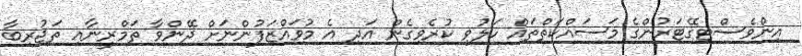
އިންވެސްޓިގޭޓަރުންގެ މަސައްކަތްތައް ހަލުވި ކުރެވިގެން އަދި އެ މުވައްޒަފުންނަށް ދޭންވާ ތަމްރީނާއި ތަޖުރިބާ